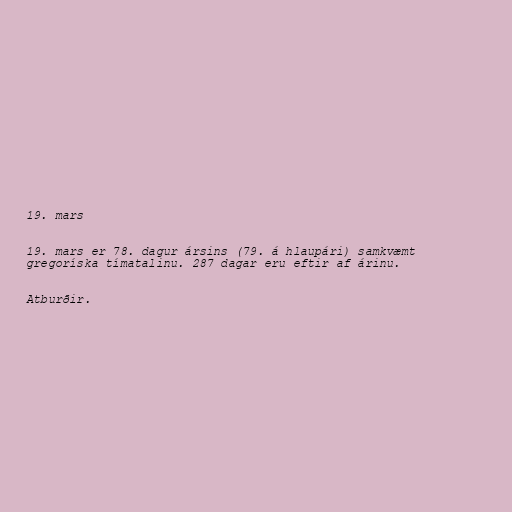
19. mars

19. mars er 78. dagur ársins (79. á hlaupári) samkvæmt
gregoríska tímatalinu. 287 dagar eru eftir af árinu.

Atburðir.